Scottish Certificate of Education, 1963
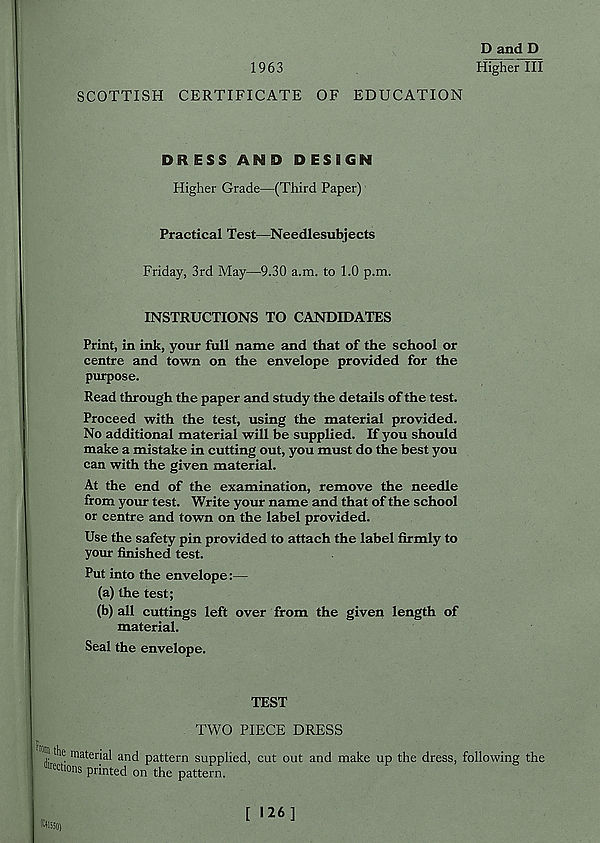
1963
D and D
Higher III
SCOTTISH CERTIFICATE OF EDUCATION
DRESS AN D DESIGN
Higher Grade—(Third Paper)
Practical Test—Needlesubjects
Friday, 3rd May—9.30 a.m. to 1.0 p.m.
INSTRUCTIONS TO CANDIDATES
Print, in ink, your full name and that of the school or
centre and town on the envelope provided for the
purpose.
Read through the paper and study the details of the test.
Proceed with the test, using the material provided.
No additional material will be supplied. If you should
make a mistake in cutting out, you must do the best you
can with the given material.
At the end of the examination, remove the needle
from your test. Write your name and that of the school
or centre and town on the label provided.
Use the safety pin provided to attach the label firmly to
your finished test.
Put into the envelope:—
(a) the test;
(b) all cuttings left over from the given length of
material.
Seal the envelope.
TEST
TWO PIECE DRESS
noiti the material and pattern supplied, cut out and make up the dress, following the
Actions printed on the pattern.
ftlSSO)
[ 126]